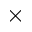
\times